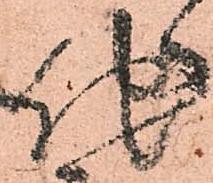
他